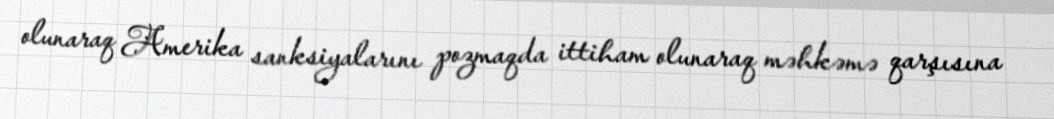
olunaraq Amerika sanksiyalarını pozmaqda ittiham olunaraq məhkəmə qarşısına